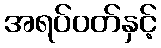
အရပ်ဝတ်နှင့်